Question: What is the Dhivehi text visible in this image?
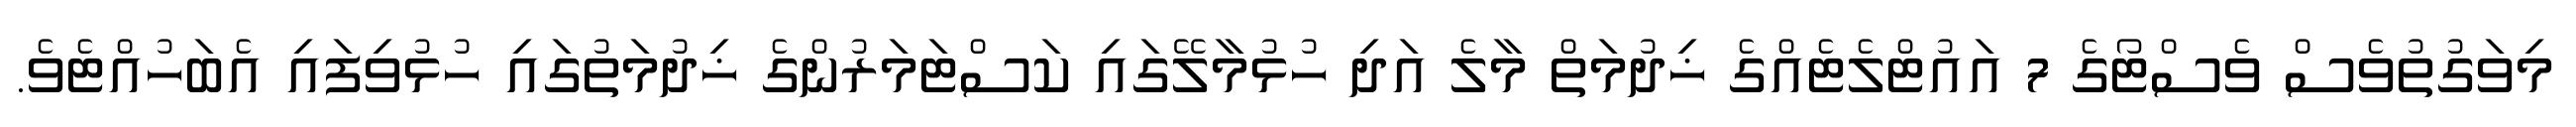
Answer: މިވަގުތުވެސް ވެސްޓޯގެ 7 އައުޓްލެޓެއްގެ ޚިދުމަތް މާލެ އަދި ހުޅުމާލޭގައި ކަސްޓަމަރުންގެ ޚިދުމަތުގައި ހުޅުވިފައި އެބަހުއްޓެވެ.